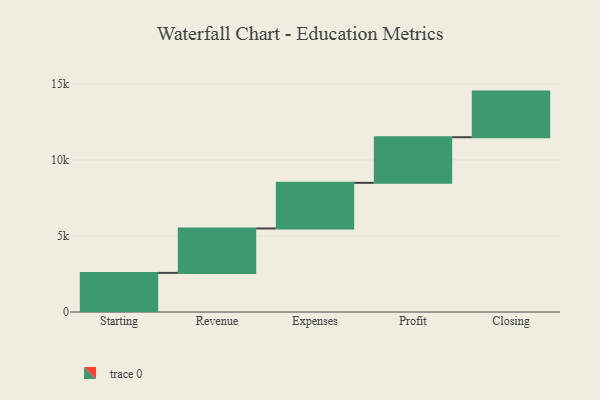
{"axis": {"x": "Step", "y": "Value"}, "legend": [""], "data": [{"x": "Starting", "y": 2572.0, "type": ""}, {"x": "Revenue", "y": 2921.0, "type": ""}, {"x": "Expenses", "y": 3000, "type": ""}, {"x": "Profit", "y": 3000, "type": ""}, {"x": "Closing", "y": 3000, "type": ""}]}